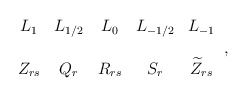
\begin{align*} \begin{array}{ccccc} L_1 & L_{1/2} & L_{0} & L_{- 1/2} &L_{-1}\cr\cr Z_{rs} & Q_{r} & R_{rs} & S_r & \widetilde{Z}_{rs} \end{array} \, ,\end{align*}